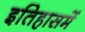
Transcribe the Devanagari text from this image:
इतिहासमें